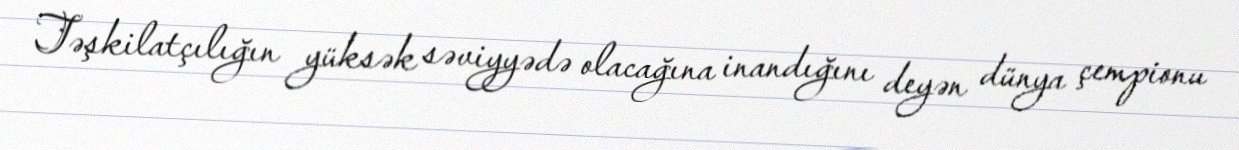
Təşkilatçılığın yüksək səviyyədə olacağına inandığını deyən dünya çempionu